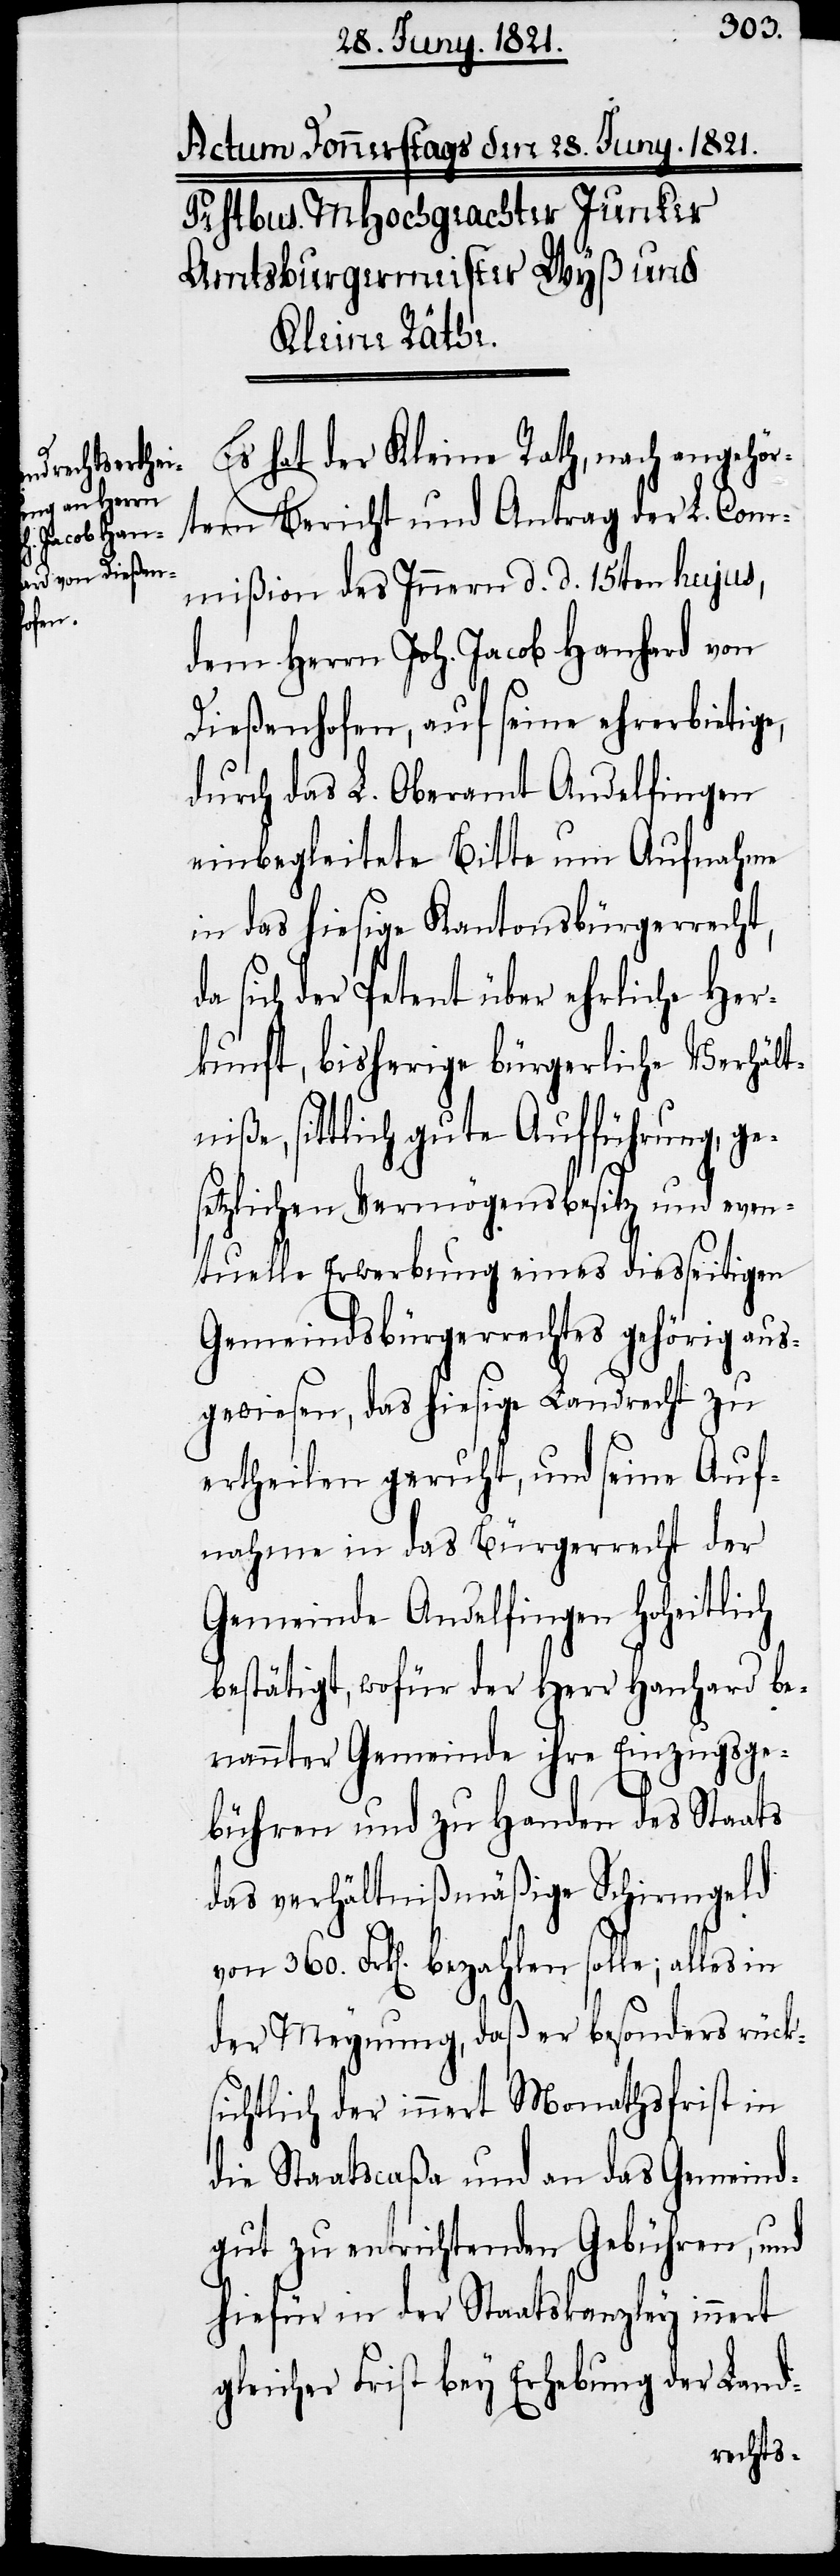
Es hat der Kleine Rath, nach angehör¬
tem Bericht und Antrag der L. Com¬
mißion des Innern d. d. 15ten hujus,
dem Herrn Joh. Jacob Hanhard von
Dießenhofen, auf seine ehrerbietige,
durch das L. Oberamt Andelfingen
einbegleitete Bitte um Aufnahme
in das hiesige Kantonsbürgerrecht,
sich der Petent über ehrliche Her¬
kunft, bisherige bürgerliche Verhält¬
niße, sittlich gute Aufführung, ges¬
etzlichen Vermögensbesitz und even¬
tuelle Erwerbung eines diesseitigen
Gemeindsbürgerrechtes gehörig aus¬
gewiesen, das hiesige Landrecht zu
ertheilen geruht, und seine Auf¬
nahme in das Bürgerrecht der
Gemeinde Andelfingen hoheitlich
bestätigt, wofür der Herr Hanhard be¬
nannter Gemeinde ihre Einzugsge¬
bühren und zu Handen des Staats
das verhältnißmäßige Schirmgeld
von 360. Frk[en]. bezahlen solle; alles in
der Meynung, daß er besonders rück¬
sichtlich der innert Monathsfrist in
die Staatscaßa und an das Gemeind¬
gut zu entrichtenden Gebühren, und
hiefür in der Staatskanzley innert
gleicher Frist bey Erhebung der Land-